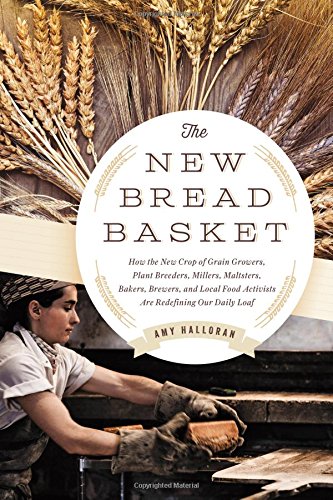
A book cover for The New Bread Basket: How the New Crop of Grain Growers, Plant Breeders, Millers, Maltsters, Bakers, Brewers, and Local Food Activists Are Redefining Our Daily Loaf; Amy Halloran; Cookbooks, Food & Wine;